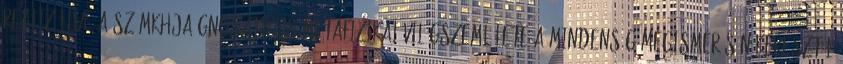
realizálja. A számkhja gnosztikus-metafizikai világszemlélete a mindenség megismerésén keresztül